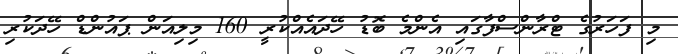
މި ފަހަރުގެ ޓްރާންސްފާގައި އެންމެ ބޮޑު ހޭދައެއްކުރީ 160 މިލިއަން ޕައުންޑް ހޭދަކުރި